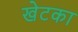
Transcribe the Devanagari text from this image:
खेटका